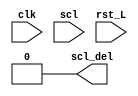
`timescale 1ns / 1ps
//////////////////////////////////////////////////////////////////////////////////
// Company: 
// Engineer: 
// 
// Design Name: 
// Module Name: scl_delay
// Project Name: 
// Target Devices: 
// Tool Versions: 
// Description: 
// 
// Dependencies: 
// 
// Revision:
// Revision 0.01 - File Created
// Additional Comments:
// 
//////////////////////////////////////////////////////////////////////////////////


module scl_delay #(
    // Delay in number of pulses
    parameter DELAY_PULSES = 1)
    (
        input  clk, //at least 5 times faster than scl
        input  scl,
        input  rst_L,
        output scl_del
    );
    
    reg[DELAY_PULSES:0] buffer = 32'b0000;
    
    assign scl_del = buffer[0:0];
      
      //2te versuech mit buffer
    always @(posedge clk) begin
        //pos_counter <= pos_counter + 1'b1;
        buffer[DELAY_PULSES-1:DELAY_PULSES-1] <= scl;
//        if(scl == 1'b1) begin
//            buffer[DELAY_PULSES:DELAY_PULSES] <= 1'b1;
//            //buffer[30:0] <= {1'b0, buffer[31:1]};
//            //pos_flag <= pos_flag + 1'b1;
//        end else if(scl == 1'b0) begin
//            buffer[DELAY_PULSES:DELAY_PULSES] <= 2'b00;
//            //buffer[30:0] <= {1'b0, buffer[31:1]};
//            //neg_flag <= neg_flag + 1'b1;
//        end
        buffer[DELAY_PULSES-1:0] = buffer[DELAY_PULSES:1];
    end
    
    
    
endmodule